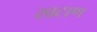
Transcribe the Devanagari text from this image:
खटाण